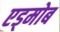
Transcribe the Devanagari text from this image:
एड्मोब